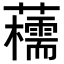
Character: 𧄨